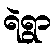
ရဲရွာ